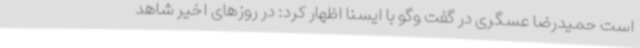
است حمیدرضا عسگری در گفت وگو با ایسنا اظهار کرد: در روزهای اخیر شاهد